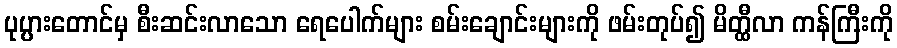
ပုပ္ပားတောင်မှ စီးဆင်းလာသော ရေပေါက်များ စမ်းချောင်းများကို ဖမ်းတုပ်၍ မိတ္ထီလာ ကန်ကြီးကို